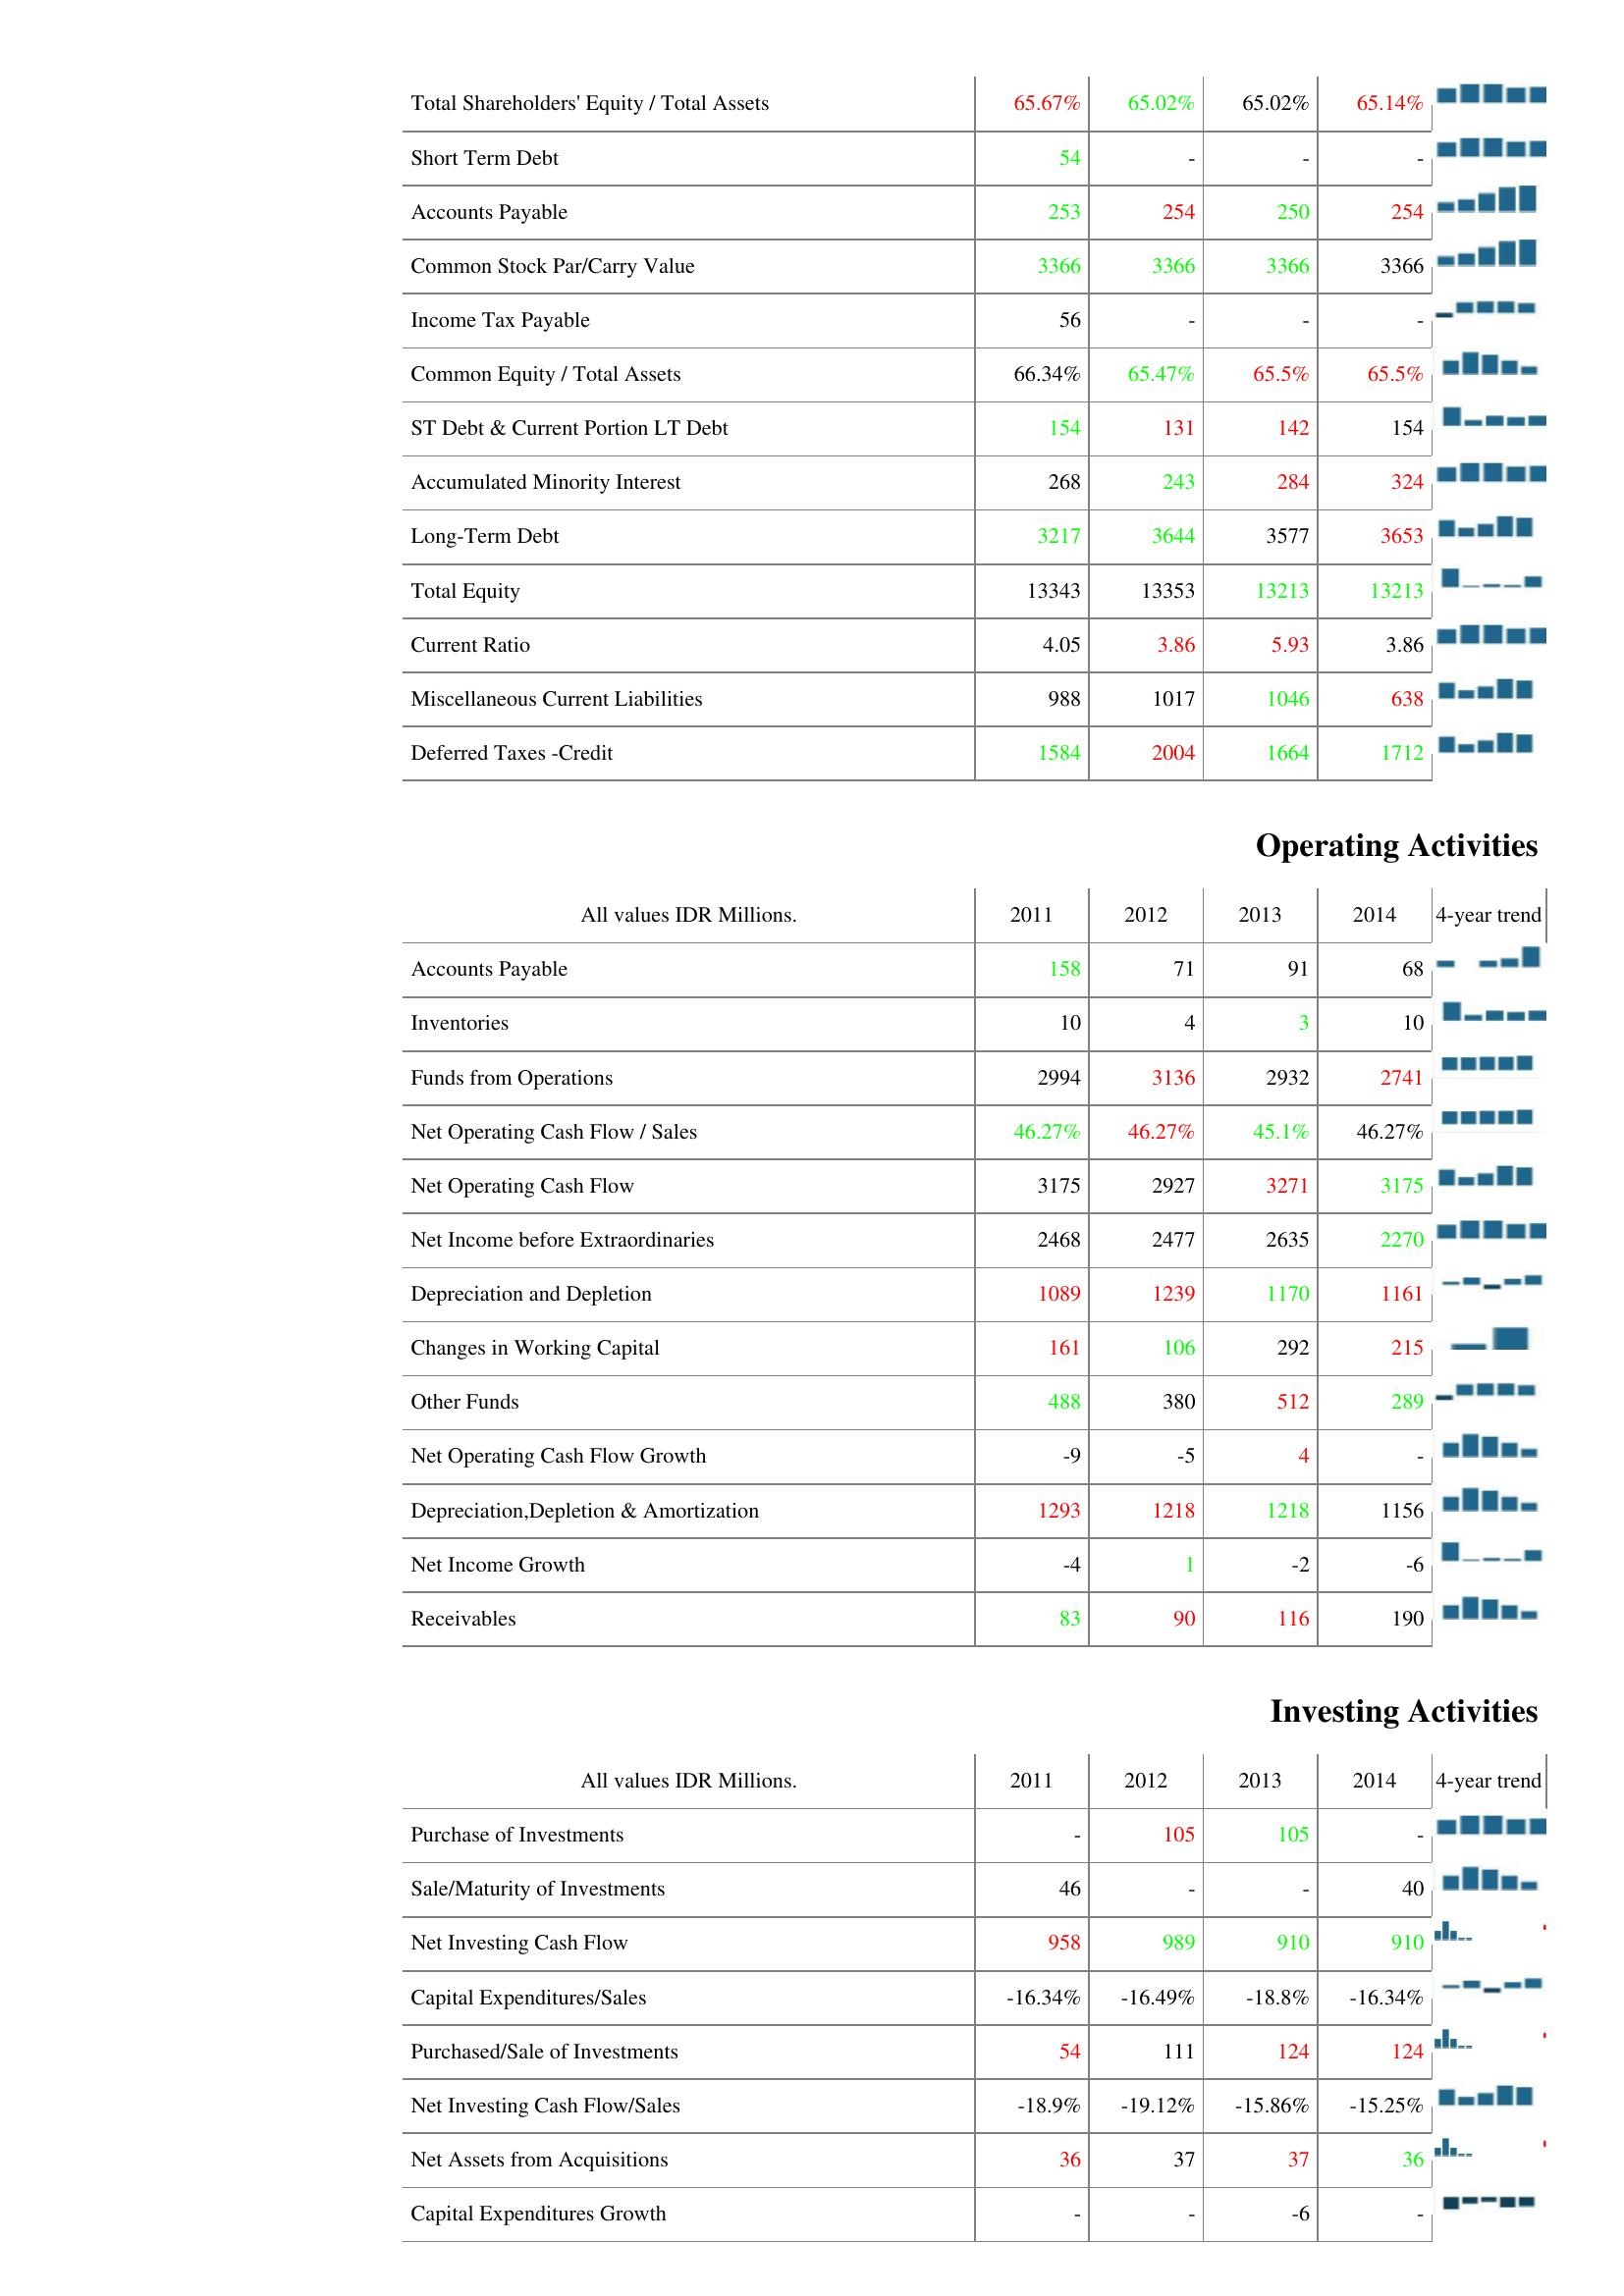
2011: Liabilities & Shareholder's Equity: Total Shareholders' Equity / Total Assets: 65.67%
Short Term Debt: 54
Accounts Payable: 253
Common Stock Par/Carry Value: 3366
Income Tax Payable: 56
Common Equity / Total Assets: 66.34%
ST Debt & Current Portion LT Debt: 154
Accumulated Minority Interest: 268
Long-Term Debt: 3217
Total Equity: 13343
Current Ratio: 4.05
Miscellaneous Current Liabilities: 988
Deferred Taxes -Credit: 1584
Operating Activities: Accounts Payable: 158
Inventories: 10
Funds from Operations: 2994
Net Operating Cash Flow / Sales: 46.27%
Net Operating Cash Flow: 3175
Net Income before Extraordinaries: 2468
Depreciation and Depletion: 1089
Changes in Working Capital: 161
Other Funds: 488
Net Operating Cash Flow Growth: -9
Depreciation,Depletion & Amortization: 1293
Net Income Growth: -4
Receivables: 83
Investing Activities: Purchase of Investments: -
Sale/Maturity of Investments: 46
Net Investing Cash Flow: 958
Capital Expenditures/Sales: -16.34%
Purchased/Sale of Investments: 54
Net Investing Cash Flow/Sales: -18.9%
Net Assets from Acquisitions: 36
Capital Expenditures Growth: -
2012: Liabilities & Shareholder's Equity: Total Shareholders' Equity / Total Assets: 65.02%
Short Term Debt: -
Accounts Payable: 254
Common Stock Par/Carry Value: 3366
Income Tax Payable: -
Common Equity / Total Assets: 65.47%
ST Debt & Current Portion LT Debt: 131
Accumulated Minority Interest: 243
Long-Term Debt: 3644
Total Equity: 13353
Current Ratio: 3.86
Miscellaneous Current Liabilities: 1017
Deferred Taxes -Credit: 2004
Operating Activities: Accounts Payable: 71
Inventories: 4
Funds from Operations: 3136
Net Operating Cash Flow / Sales: 46.27%
Net Operating Cash Flow: 2927
Net Income before Extraordinaries: 2477
Depreciation and Depletion: 1239
Changes in Working Capital: 106
Other Funds: 380
Net Operating Cash Flow Growth: -5
Depreciation,Depletion & Amortization: 1218
Net Income Growth: 1
Receivables: 90
Investing Activities: Purchase of Investments: 105
Sale/Maturity of Investments: -
Net Investing Cash Flow: 989
Capital Expenditures/Sales: -16.49%
Purchased/Sale of Investments: 111
Net Investing Cash Flow/Sales: -19.12%
Net Assets from Acquisitions: 37
Capital Expenditures Growth: -
2013: Liabilities & Shareholder's Equity: Total Shareholders' Equity / Total Assets: 65.02%
Short Term Debt: -
Accounts Payable: 250
Common Stock Par/Carry Value: 3366
Income Tax Payable: -
Common Equity / Total Assets: 65.5%
ST Debt & Current Portion LT Debt: 142
Accumulated Minority Interest: 284
Long-Term Debt: 3577
Total Equity: 13213
Current Ratio: 5.93
Miscellaneous Current Liabilities: 1046
Deferred Taxes -Credit: 1664
Operating Activities: Accounts Payable: 91
Inventories: 3
Funds from Operations: 2932
Net Operating Cash Flow / Sales: 45.1%
Net Operating Cash Flow: 3271
Net Income before Extraordinaries: 2635
Depreciation and Depletion: 1170
Changes in Working Capital: 292
Other Funds: 512
Net Operating Cash Flow Growth: 4
Depreciation,Depletion & Amortization: 1218
Net Income Growth: -2
Receivables: 116
Investing Activities: Purchase of Investments: 105
Sale/Maturity of Investments: -
Net Investing Cash Flow: 910
Capital Expenditures/Sales: -18.8%
Purchased/Sale of Investments: 124
Net Investing Cash Flow/Sales: -15.86%
Net Assets from Acquisitions: 37
Capital Expenditures Growth: -6
2014: Liabilities & Shareholder's Equity: Total Shareholders' Equity / Total Assets: 65.14%
Short Term Debt: -
Accounts Payable: 254
Common Stock Par/Carry Value: 3366
Income Tax Payable: -
Common Equity / Total Assets: 65.5%
ST Debt & Current Portion LT Debt: 154
Accumulated Minority Interest: 324
Long-Term Debt: 3653
Total Equity: 13213
Current Ratio: 3.86
Miscellaneous Current Liabilities: 638
Deferred Taxes -Credit: 1712
Operating Activities: Accounts Payable: 68
Inventories: 10
Funds from Operations: 2741
Net Operating Cash Flow / Sales: 46.27%
Net Operating Cash Flow: 3175
Net Income before Extraordinaries: 2270
Depreciation and Depletion: 1161
Changes in Working Capital: 215
Other Funds: 289
Net Operating Cash Flow Growth: -
Depreciation,Depletion & Amortization: 1156
Net Income Growth: -6
Receivables: 190
Investing Activities: Purchase of Investments: -
Sale/Maturity of Investments: 40
Net Investing Cash Flow: 910
Capital Expenditures/Sales: -16.34%
Purchased/Sale of Investments: 124
Net Investing Cash Flow/Sales: -15.25%
Net Assets from Acquisitions: 36
Capital Expenditures Growth: -